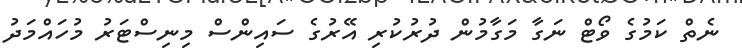
ނެތް ކަމުގެ ވޯޓް ނަގާ މަގާމުން ދުރުކުރި އޭރުގެ ސައިންސް މިނިސްޓަރު މުހައްމަދު